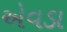
એવડા